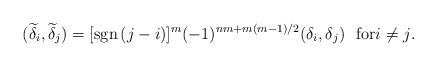
LaTeX: \begin{align*}(\widetilde\delta_i,\widetilde\delta_j)=[{\rm{sgn}}\,(j-i)]^m(-1)^{nm+m(m-1)/2}(\delta_i,\delta_j)\,\,\,\,\mbox{for$i\ne j$.}\end{align*}